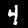
Label: 4